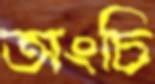
অংচি